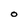
Character: O